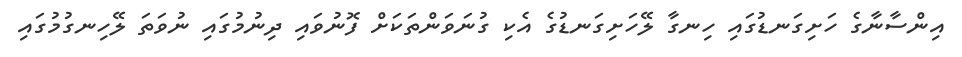
އިންސާނާގެ ހަށިގަނޑުގައި ހިނގާ ލޭހަށިގަނޑުގެ އެކި ގުނަވަންތަކަށް ފޮނުވައި ދިނުމުގައި ނުވަތަ ލޭހިނގުމުގައި